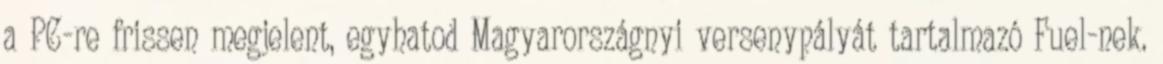
a PC-re frissen megjelent, egyhatod Magyarországnyi versenypályát tartalmazó Fuel-nek.